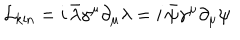
LaTeX: \mathcal { L } _ { \mathrm { k i n } } = i \, \bar { \lambda } \gamma ^ { \mu } \partial _ { \mu } \lambda = i \, \bar { \psi } \gamma ^ { \mu } \partial _ { \mu } \psi